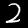
Label: 2